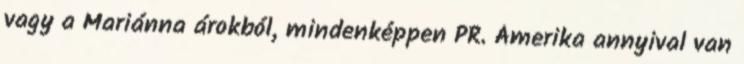
vagy a Mariánna árokból, mindenképpen PR. Ámerika annyival van